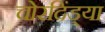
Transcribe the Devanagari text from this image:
चोरदिंड्या